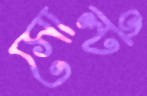
সোল্ট